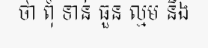
ថា ពុំ ទាន់ ធួន ល្មម នឹង